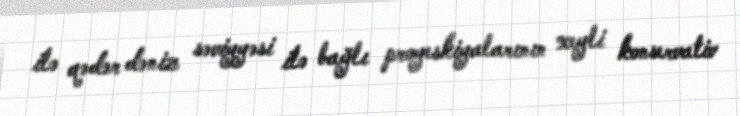
ilə qədər dəniz səviyyəsi ilə bağlı proyeskiyalarının xeyli konservativ